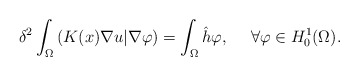
\begin{align*}\delta^2\int_{\Omega}\left( K(x)\nabla u|\nabla\varphi\right) =\int_{\Omega}\hat{h}\varphi,\ \ \ \ \forall \varphi\in H^1_0(\Omega).\end{align*}